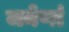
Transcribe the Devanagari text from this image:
जनेणां